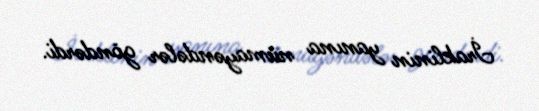
İraklinin yanına nümayəndələr göndərdi.